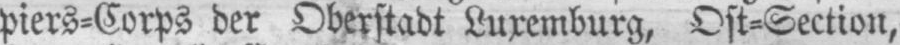
piers⸗Corps der Oberstadt Luxemburg, Ost⸗Section,